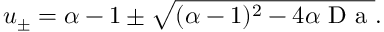
u _ { \pm } = \alpha - 1 \pm \sqrt { ( \alpha - 1 ) ^ { 2 } - 4 \alpha \mathrm { ~ D ~ a ~ } } .